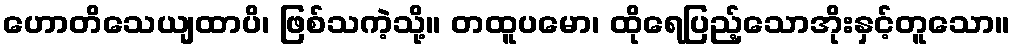
ဟောတိသေယျထာပိ၊ ဖြစ်သကဲ့သို့။ တထူပမော၊ ထိုရေပြည့်သောအိုးနှင့်တူသော။